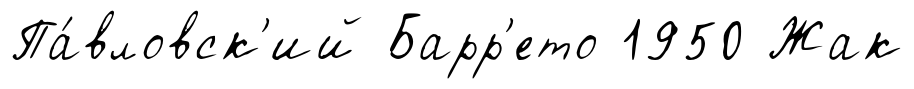
Па́вловск'ий Барр'ето 1950 Жак